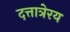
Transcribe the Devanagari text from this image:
दत्तात्रेरय